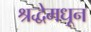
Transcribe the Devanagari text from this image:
श्रद्धेमधून